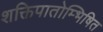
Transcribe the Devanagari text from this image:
शक्तिपातोम्भिषित